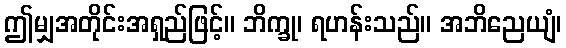
ဤမျှအတိုင်းအရှည်ဖြင့်။ ဘိက္ခု၊ ရဟန်းသည်။ အဘိညေယျံ၊